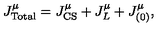
J _ { \mathrm { T o t a l } } ^ { \mu } = J _ { \mathrm { C S } } ^ { \mu } + J _ { L } ^ { \mu } + J _ { ( 0 ) } ^ { \mu } ,